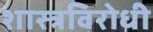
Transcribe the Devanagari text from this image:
शास्त्रविरोधी